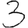
Digit: 3